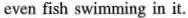
even fish swimming in it.